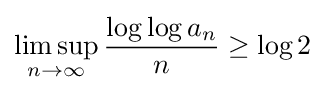
\limsup _{n\to \infty }{\frac {\log \log a_{n}}{n}}\geq \log 2